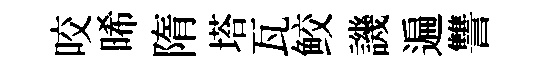
咬晞隋塔瓦鲛譏遍讐